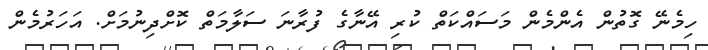
ހިމެނޭ ގޮތުން އެންމެން މަސައްކަތް ކުރި އޭނާގެ ފުރާނަ ސަލާމަތް ކޮށްދިނުމަށް. އަހަރުމެން